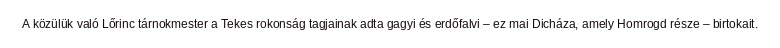
A közülük való Lőrinc tárnokmester a Tekes rokonság tagjainak adta gagyi és erdőfalvi – ez mai Dicháza, amely Homrogd része – birtokait.